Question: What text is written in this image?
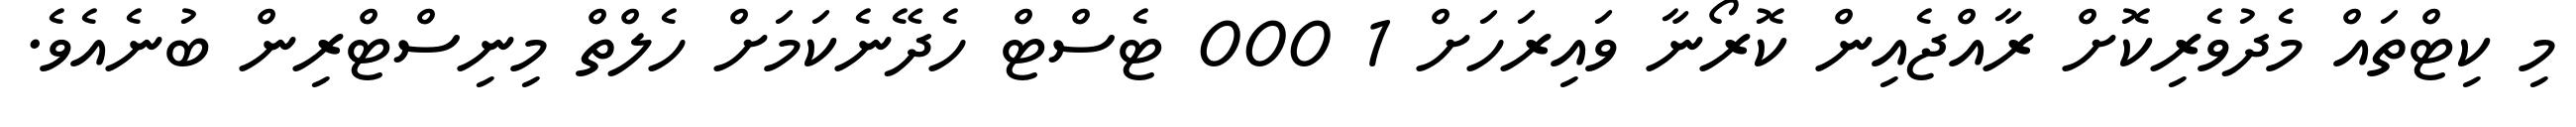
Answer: މި ކިޓްތައް މެދުވެރިކޮށް ރާއްޖެއިން ކޮރޯނާ ވައިރަހަށް 1 000 ޓެސްޓް ހެދޭނެކަމަށް ހެލްތް މިނިސްޓްރިން ބުނެއެވެ.